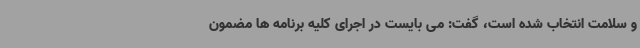
و سلامت انتخاب شده است، گفت: می بایست در اجرای کلیه برنامه ها مضمون